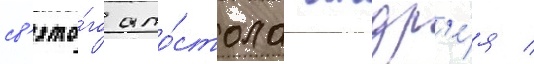
св'ято́го апо́стола андр'е́я /